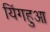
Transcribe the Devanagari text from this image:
यिंगहुआ